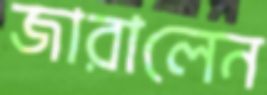
জারালেন